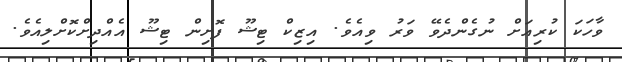
ވާހަކަ ކުރިއަށް ނުގެންދެވޭ ވަރު ވިއެވެ. އިޒިކް ޓިޝޫ ފޮށިން ޓިޝޫ އެއްދިށްކޮށްލިއެވެ.